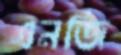
এনজি